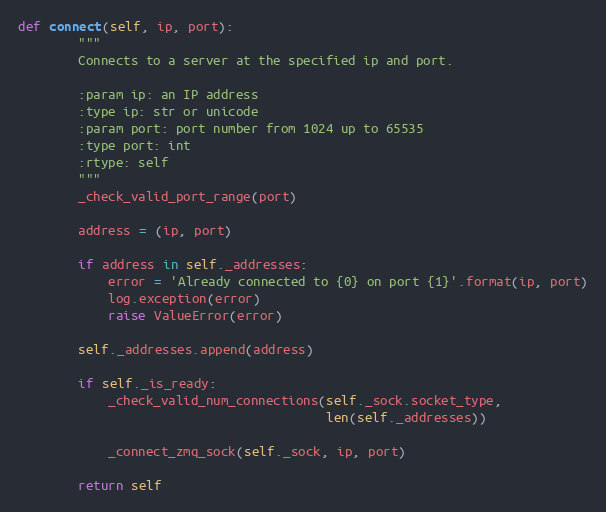
Language: Python
def connect(self, ip, port):
        """
        Connects to a server at the specified ip and port.

        :param ip: an IP address
        :type ip: str or unicode
        :param port: port number from 1024 up to 65535
        :type port: int
        :rtype: self
        """
        _check_valid_port_range(port)

        address = (ip, port)

        if address in self._addresses:
            error = 'Already connected to {0} on port {1}'.format(ip, port)
            log.exception(error)
            raise ValueError(error)

        self._addresses.append(address)

        if self._is_ready:
            _check_valid_num_connections(self._sock.socket_type,
                                         len(self._addresses))

            _connect_zmq_sock(self._sock, ip, port)

        return self